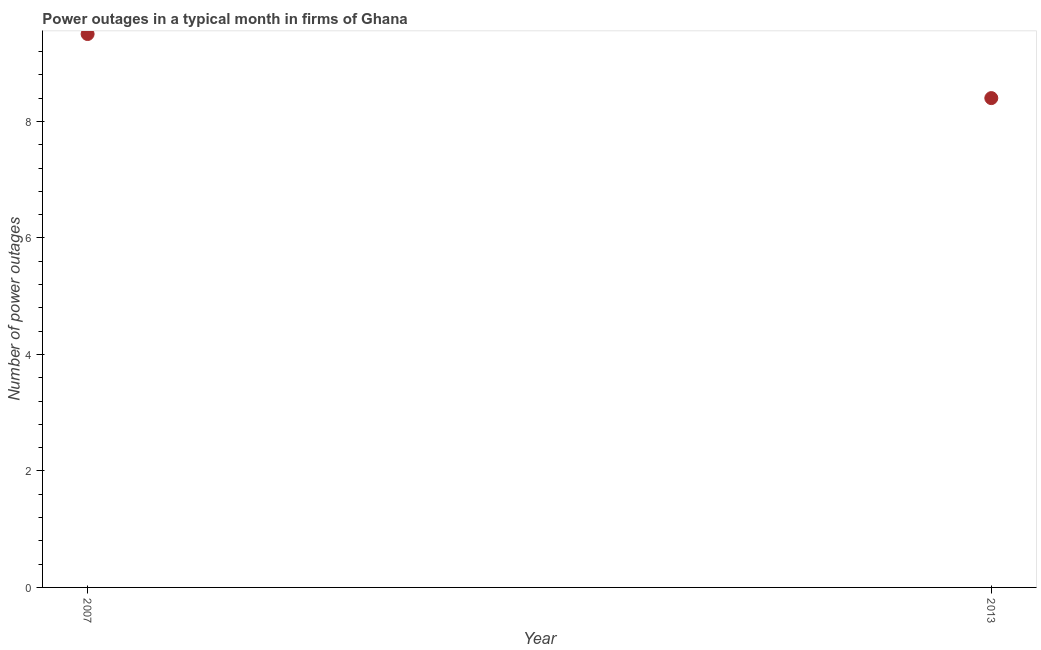
| Year | Power outages |
 | --- | --- |
 | 2007 | 9.5 |
 | 2013 | 8.4 |